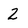
Character: 2